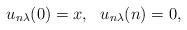
LaTeX: \begin{align*}u_{n\lambda}(0)=x, \ \ u_{n\lambda}(n)=0,\end{align*}